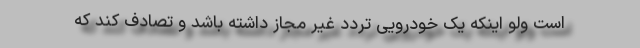
است ولو اینکه یک خودرویی تردد غیر مجاز داشته باشد و تصادف کند که